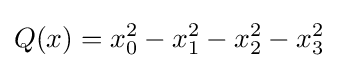
Q(x)=x_{0}^{2}-x_{1}^{2}-x_{2}^{2}-x_{3}^{2}